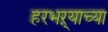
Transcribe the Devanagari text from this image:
हरभऱ्याच्या